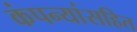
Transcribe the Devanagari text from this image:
कंपन्यांसहित